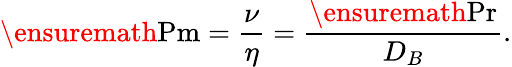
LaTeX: \ensuremath{\mathrm{Pm}}=\frac{\nu}{\eta}=\frac{\ensuremath{\mathrm{Pr}}}{D_{B}}.